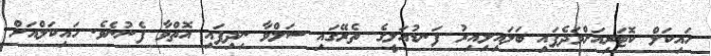
ހައިކަލް ކޮޓަރިއަށްވަދެފައި ބަލައިލިއިރު ފަނޑުއަލީގެ ތެރޭގައި ސަލްވާ ނިދިފައި އޮތްވާ ފެނުނެވެ. ހައިކަލްއަށް